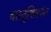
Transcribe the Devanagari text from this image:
वास्तुशिल्पांत